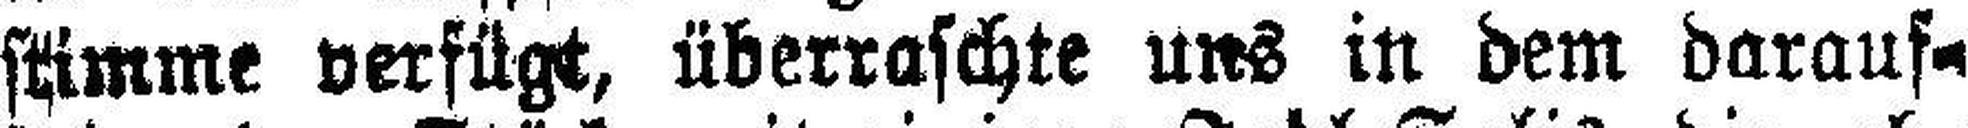
stimme verfügt, überraschte uns in dem darauf¬